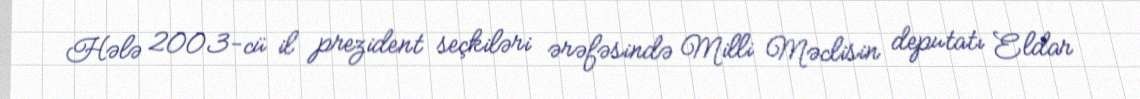
Hələ 2003-cü il prezident seçkiləri ərəfəsində Milli Məclisin deputatı Eldar